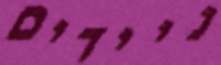
ניידים